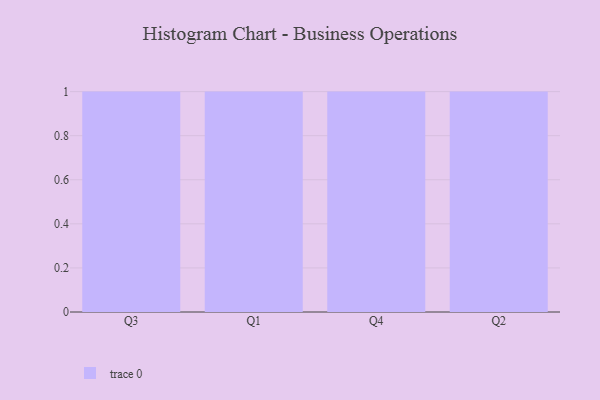
{"axis": {"x": "Quarter", "y": "Budget (USD K)"}, "legend": [""], "data": [{"x": "Q3", "y": 99, "type": ""}, {"x": "Q1", "y": 29, "type": ""}, {"x": "Q4", "y": 6, "type": ""}, {"x": "Q2", "y": 69, "type": ""}]}